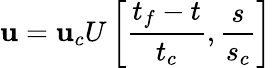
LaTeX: \mathbf{u}=\mathbf{u}_{c}U\left[\frac{{t_{f}-t}}{{t_{c}}},\frac{{s}}{{s_{c}}}\right]